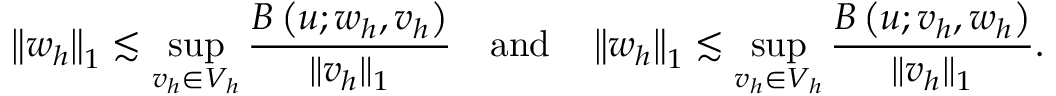
\left\| w _ { h } \right\| _ { 1 } \lesssim \operatorname* { s u p } _ { v _ { h } \in V _ { h } } \frac { B \left( u ; w _ { h } , v _ { h } \right) } { \| v _ { h } \| _ { 1 } } \quad \mathrm { a n d } \quad \left\| w _ { h } \right\| _ { 1 } \lesssim \operatorname* { s u p } _ { v _ { h } \in V _ { h } } \frac { B \left( u ; v _ { h } , w _ { h } \right) } { \| v _ { h } \| _ { 1 } } .